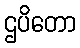
ဌပိတော